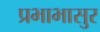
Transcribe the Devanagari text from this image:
प्रभाभासुर